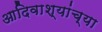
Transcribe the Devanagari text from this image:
आदिवाश्यांच्या